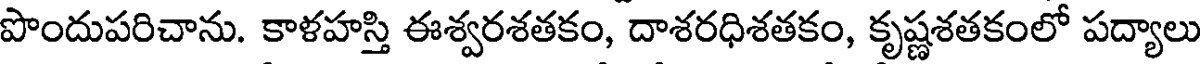
పొందుపరిచాను. కాళహస్తి ఈశ్వరశతకం, దాశరధిశతకం, కృష్ణశతకంలో పద్యాలు